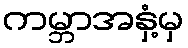
ကမ္ဘာအနှံ့မှ